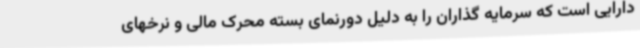
دارایی است که سرمایه گذاران را به دلیل دورنمای بسته محرک مالی و نرخهای